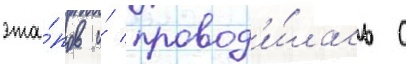
эта́пов и́ провод'и́лась с